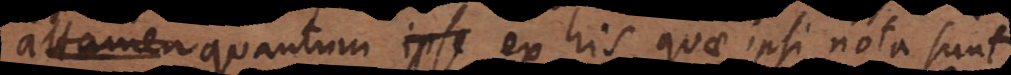
ipse quantum ex his quae ipsi nota sunt